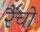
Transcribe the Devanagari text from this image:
रैंचो